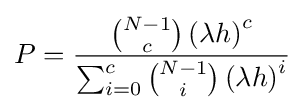
P={\frac {{\binom {N-1}{c}}\left(\lambda h\right)^{c}}{\sum _{i=0}^{c}{\binom {N-1}{i}}\left(\lambda h\right)^{i}}}